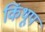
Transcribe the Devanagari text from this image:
किंथूप